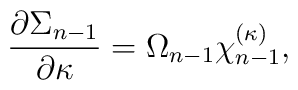
{\partial \Sigma_{n-1}\over \partial \kappa}=\Omega_{n-1}\chi^{(\kappa)}_{n-1},